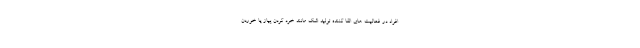
افراد در فعالیت های القا کننده تولید اشک مانند خرد کردن پیاز یا خوردن